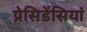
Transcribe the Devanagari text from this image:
प्रेसिडेंसियां